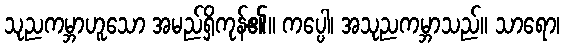
သုညကမ္ဘာဟူသော အမည်ရှိကုန်၏။ ကပ္ပေါ၊ အသုညကမ္ဘာသည်။ သာရော၊